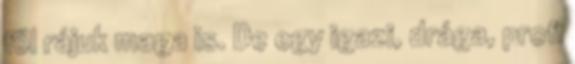
föl rájuk maga is. De egy igazi, drága, profi